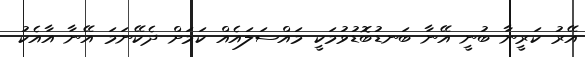
އޭރު ކަރީނާ ބުނީ އޭނާ ބަނޑުބޮޑުވުމަކީ މައްސަލައެއް ކަމަށް ދެކޭނަމަ އޭނާ އާއެކު